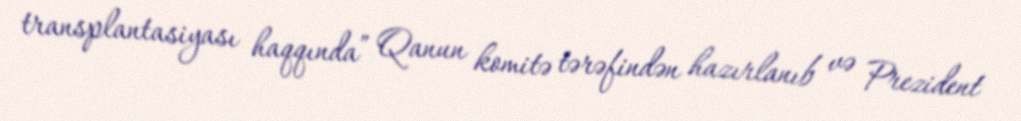
transplantasiyası haqqında” Qanun komitə tərəfindən hazırlanıb və Prezident